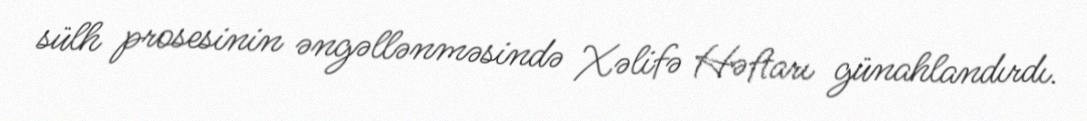
sülh prosesinin əngəllənməsində Xəlifə Həftarı günahlandırdı.